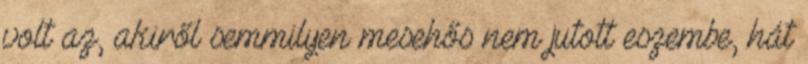
volt az, akiről semmilyen mesehős nem jutott eszembe, hát